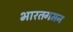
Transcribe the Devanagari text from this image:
भारतगमन